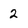
Character: 2